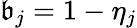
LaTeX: \mathfrak{b}_{j}=1-\eta_{j}